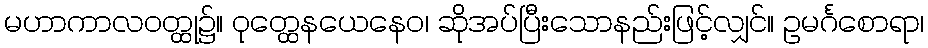
မဟာကာလဝတ္ထု၌။ ဝုတ္ထေနယေနေဝ၊ ဆိုအပ်ပြီးသောနည်းဖြင့်လျှင်။ ဥမင်္ဂစောရာ၊